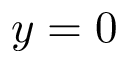
y = 0